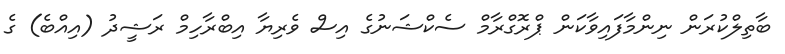
ބާތިލްކުރަން ނިންމާފައިވާކަން ޕްރޮގްރާމް ސެކްޝަނުގެ އިސް ވެރިޔާ އިބްރާހިމް ރަޝީދު (އިއްބެ) ގެ